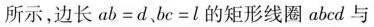
所示，边长$$ab=d$$、$$bc=l$$的矩形线圈abcd与